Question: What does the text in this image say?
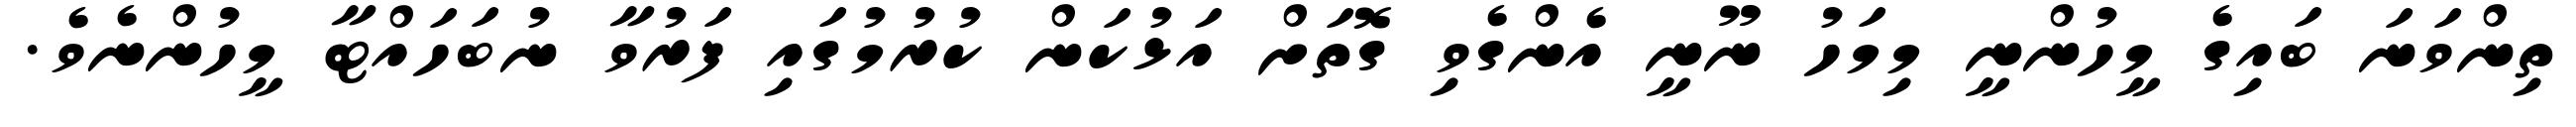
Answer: ތިންވަނަ ބައިގެ މީހުންނީ މިމަހު ނޫނީ އެންގެވި ގޮތަށް އަޅުކަން ކުރުމުގައި ފަރުވާ ނުބަހައްޓާ މީހުންނެވެ.